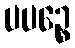
ပပဉ္စေ